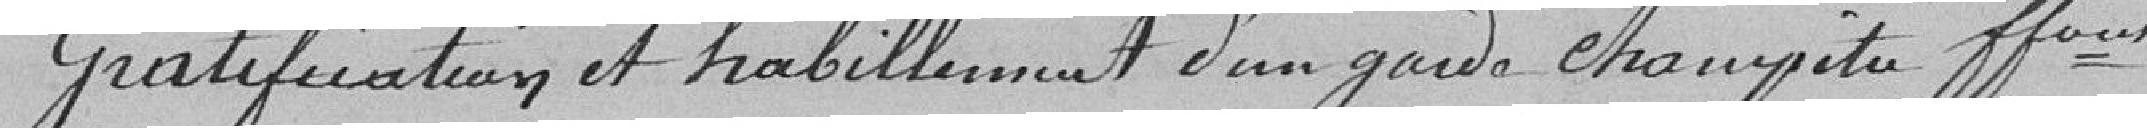
Gratification et habillement d'un garde champêtre